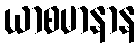
ယာစမာနာန